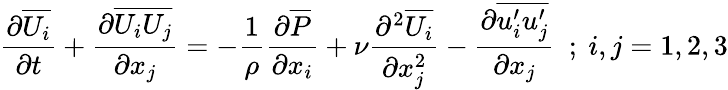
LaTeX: {\frac{\partial\overline{{U_{i}}}}{\partial t}}+{\frac{\partial\overline{{U_{i}U_{j}}}}{\partial x_{j}}}=-{\frac{1}{\rho}}{\frac{\partial\overline{{P}}}{\partial x_{i}}}+\nu{\frac{\partial^{2}\overline{{U_{i}}}}{\partial x_{j}^{2}}}-{\frac{\partial\overline{{u_{i}^{\prime}u_{j}^{\prime}}}}{\partial x_{j}}}~~;~i,j=1,2,3